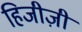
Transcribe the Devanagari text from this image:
हिजीज़ी